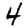
Digit: 4